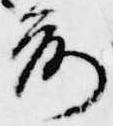
前